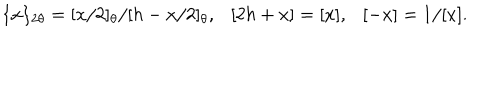
\{ x \} _ { 2 \theta } = [ x / 2 ] _ { \theta } / [ h - x / 2 ] _ { \theta } , [ 2 h + x ] = [ x ] , [ - x ] = 1 / [ x ] .